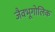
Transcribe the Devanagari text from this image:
जैवभूगोलिक